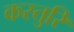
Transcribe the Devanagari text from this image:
कस्तुरि